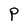
Character: P